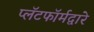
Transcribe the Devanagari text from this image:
प्लॅटफॉर्मद्वारे